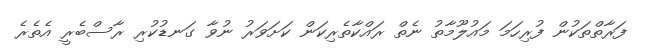
ފަރާތްތަކުން ފުރިހަމަ މައުލޫމާތު ނެތް ރައްކާތެރިކަން ކަށަވަރު ނުވާ ގަނޑުކުރި ރާސްބެރީ އެތެރެ